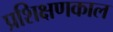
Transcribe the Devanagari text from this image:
प्रशिक्षणकाल